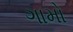
ગામો